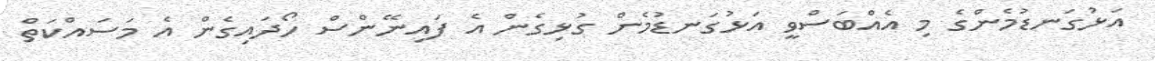
އަޅުގަނޑުމެންގެ މި އެއްބަސްވީ އަޅުގަނޑުމެން ގުޅިގެން އެ ފައިނޭންސް ހޯދައިގެން އެ މަސައްކަތް